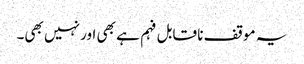
یہ موقف نا قابل فہم ہے بھی اور نہیں بھی۔